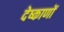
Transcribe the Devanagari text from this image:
देष्काणों